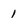
Character: 1